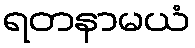
ရတနာမယံ